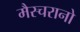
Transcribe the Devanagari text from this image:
मैस्चरानो